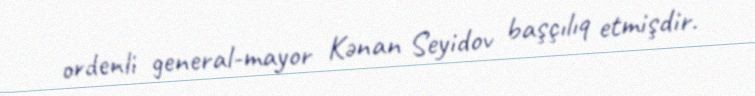
ordenli general-mayor Kənan Seyidov başçılıq etmişdir.